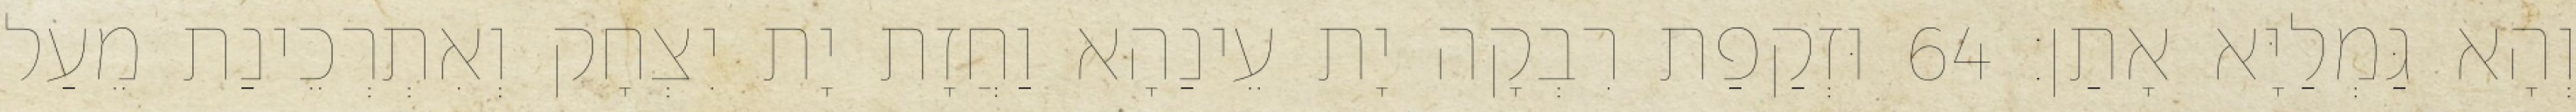
וְהָא גַּמְלַיָּא אָתַן׃ 64 וּזְקַפַת רִבְקָה יָת עֵינַהָא וַחֲזָת יָת יִצְחָק וְאִתְרְכֵינַת מֵעַל